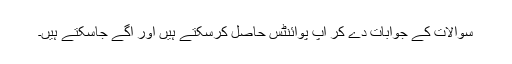
سوالات کے جوابات دے کر آپ پوائنٹس حاصل کرسکتے ہیں اور آگے جاسکتے ہیں۔